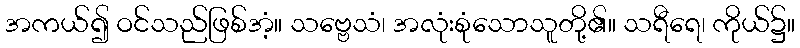
အကယ်၍ ဝင်သည်ဖြစ်အံ့။ သဗ္ဗေသံ၊ အလုံးစုံသောသူတို့၏။ သရီရေ၊ ကိုယ်၌။